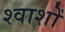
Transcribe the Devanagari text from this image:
श्वाशों